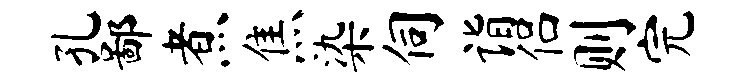
孔鄙煮焦染伺诣侣则完